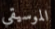
الموسيقي